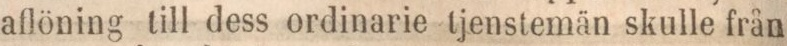
aflöning till dess ordinarie tjenstemän skulle från